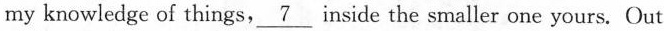
my knowledge of things,\underline{7} inside the smaller one yours. Out